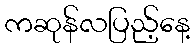
ကဆုန်လပြည့်နေ့